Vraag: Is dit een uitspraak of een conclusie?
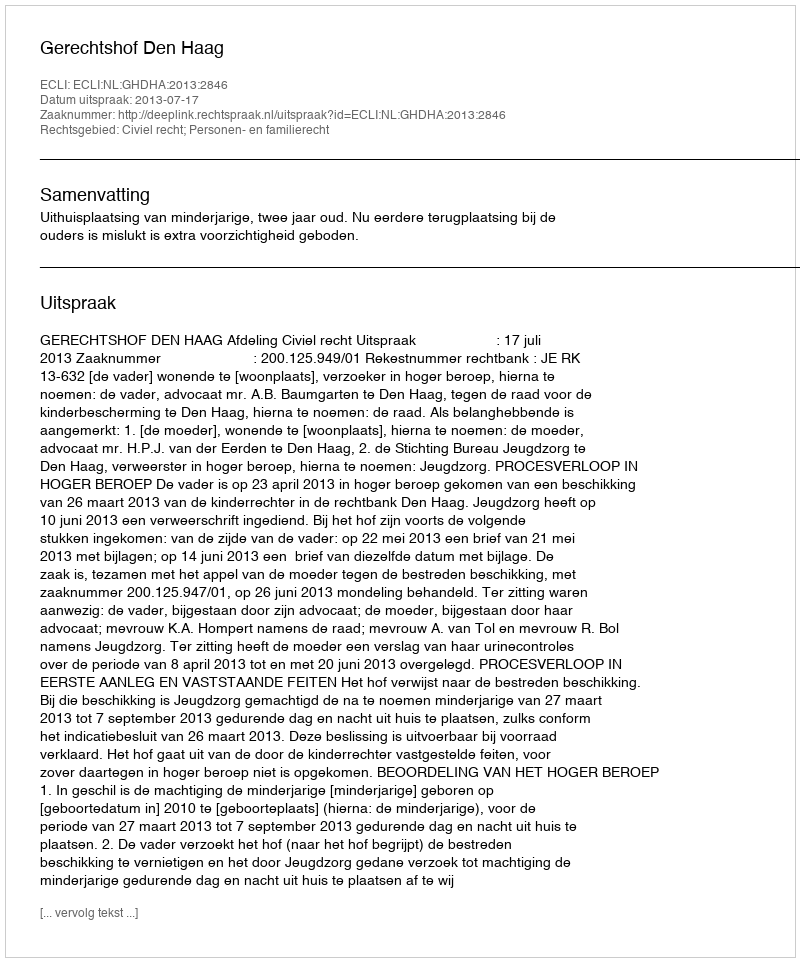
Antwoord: Uitspraak